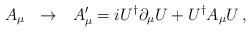
LaTeX: \begin{align*}A_\mu \ \ \rightarrow\ \ A'_\mu= iU^{\dagger}\partial_\mu U +U^{\dagger}A_\mu U\,, \end{align*}